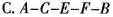
C.A-C-E-F-B